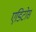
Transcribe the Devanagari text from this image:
एडिटोर्स